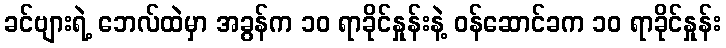
ခင်ဗျားရဲ့ ဘေလ်ထဲမှာ အခွန်က ၁၀ ရာခိုင်နှုန်းနဲ့ ဝန်ဆောင်ခက ၁၀ ရာခိုင်နှုန်း